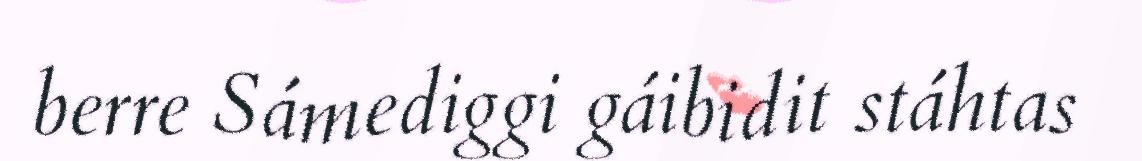
berre Sámediggi gáibidit stáhtas